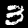
Digit: 3